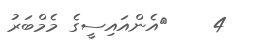
4    	އެންއައިސީގެ މެމްބަރު